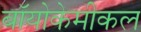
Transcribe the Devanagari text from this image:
बॉयोकेमीकल